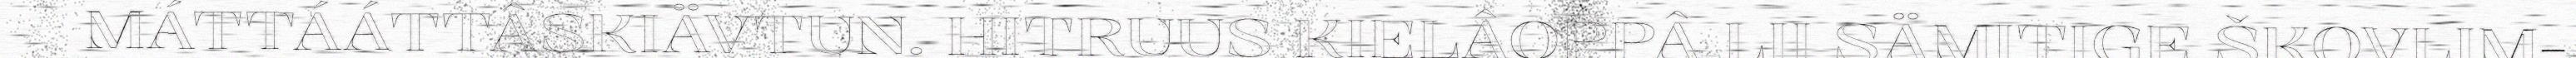
MÁTTÁÁTTÂSKIÄVTUN. HITRUUS KIELÂOPPÂ LII SÄMITIGE ŠKOVLIM-